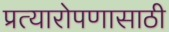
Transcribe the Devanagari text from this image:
प्रत्यारोपणासाठी